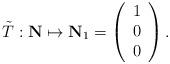
LaTeX: \begin{align*}{\tilde T}: {\bf N} \mapsto {\bf N}_1 = \left(\begin{array}{c}1 \\0 \\0 \end{array}\right).\end{align*}